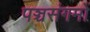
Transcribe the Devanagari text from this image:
पञ्चसंगमों